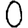
Digit: 0